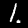
Label: 1